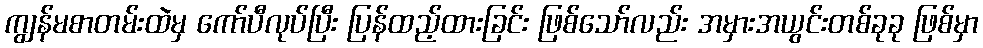
ကျွန်မစာတမ်းထဲမှ ကော်ပီလုပ်ပြီး ပြန်ထည့်ထားခြင်း ဖြစ်သော်လည်း အမှားအယွင်းတစ်ခုခု ဖြစ်မှာ